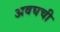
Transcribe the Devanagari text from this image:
अवघची